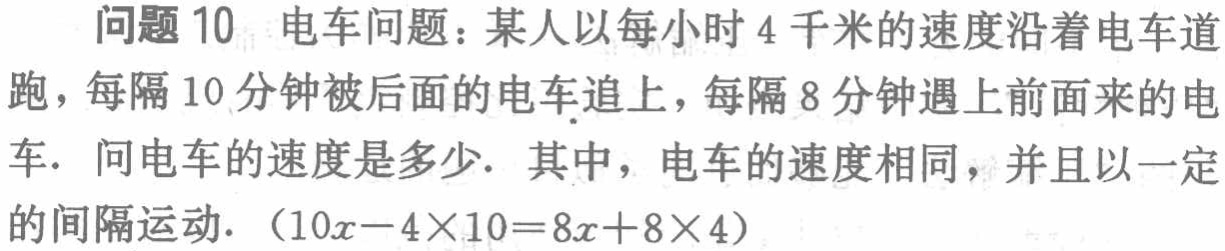
问题 10 电车问题：某人以每小时 4 千米的速度沿着电车道跑，每隔 10 分钟被后面的电车追上，每隔 8 分钟遇上前面来的电车. 问电车的速度是多少. 其中，电车的速度相同，并且以一定的间隔运动. （\(10x - 4\times10 = 8x + 8\times4\)）